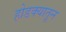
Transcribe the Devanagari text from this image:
होडक्यातून